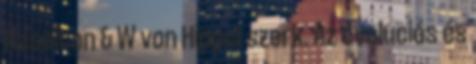
Haselton & W von Hippel szerk. Az evolúciós és